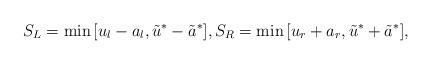
LaTeX: \begin{align*}S_L=\min{[u_l-a_l,\tilde{u}^{*}-\tilde{a}^{*}]}, S_R=\min{[u_r+a_r,\tilde{u}^{*}+\tilde{a}^{*}]},\end{align*}